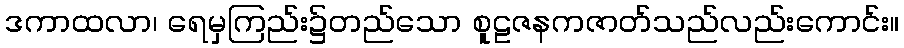
ဒကာထလာ၊ ရေမှကြည်း၌တည်သော စူဠဇနကဇာတ်သည်လည်းကောင်း။